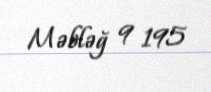
Məbləğ 9 195